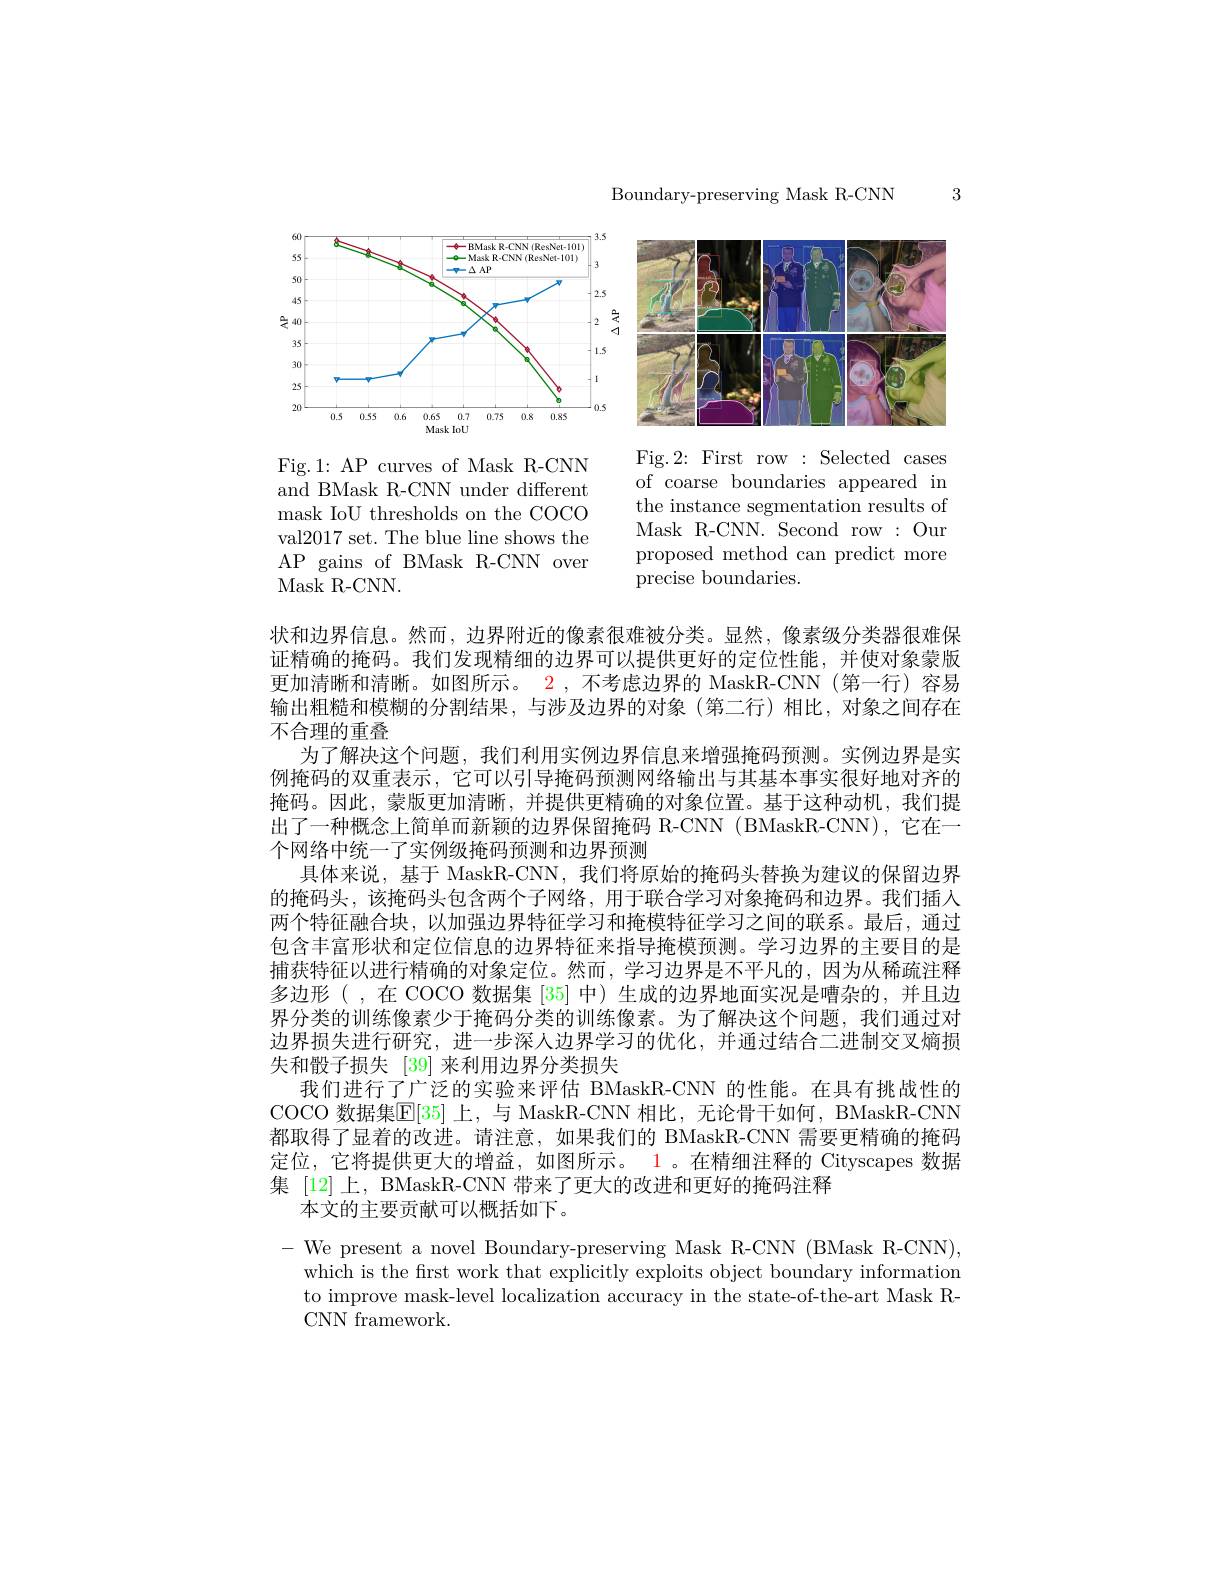
Boundary-preserving Mask R-CNN

3

<FigureHere>

<FigureHere>

Fig.2: First row : Selected cases of coarse boundaries appeared in the instance segmentation results of Mask R-CNN. Second row : Our proposed method can predict more precise boundaries.

Fig.1: AP curves of Mask R-CNN and BMask R-CNN under different mask IoU thresholds on the COCO val2017 set. The blue line shows the AP gains of BMask R-CNN over Mask R- CNN.

状和边界信息。然而，边界附近的像素很难被分类。显然，像素级分类器很难保证精确的掩码。我们发现精细的边界可以提供更好的定位性能，并使对象蒙版更加清晰和清晰。如图所示。2 ,不考虑边界的 MaskR-CNN (第一行)容易输出粗糙和模糊的分割结果，与涉及边界的对象(第二行)相比，对象之间存在不合理的重叠
为了解决这个问题，我们利用实例边界信息来增强掩码预测。实例边界是实例掩码的双重表示，它可以引导掩码预测网络输出与其基本事实很好地对齐的掩码。因此，蒙版更加清晰，并提供更精确的对象位置。基于这种动机，我们提出了一种概念上简单而新颖的边界保留掩码 R-CNN (BMaskR-CNN),它在一个网络中统一了实例级掩码预测和边界预测
具体来说，基于 MaskR-CNN, 我们将原始的掩码头替换为建议的保留边界的掩码头，该掩码头包含两个子网络，用于联合学习对象掩码和边界。我们插人两个特征融合块，以加强边界特征学习和掩模特征学习之间的联系。最后，通过包含丰富形状和定位信息的边界特征来指导掩模预测。学习边界的主要目的是捕获特征以进行精确的对象定位。然而，学习边界是不平凡的，因为从稀疏注释多边形(,在 COCO 数据集[35]中)生成的边界地面实况是嘈杂的，并且边界分类的训练像素少于掩码分类的训练像素。为了解决这个问题，我们通过对边界损失进行研究，进一步深人边界学习的优化，并通过结合二进制交叉熵损失和骰子损失 [39]来利用边界分类损失
我们进行了广泛的实验来评估 BMaskR-CNN 的性能。在具有挑战性的COCO 数据集$\mathbb{E}[35]$ 上，与 MaskR-CNN 相比，无论骨干如何，BMaskR-CNN 都取得了显着的改进。请注意，如果我们的 BMaskR-CNN 需要更精确的掩码定位，它将提供更大的增益，如图所示。1。在精细注释的 Cityscapes 数据集 [12] 上，BMaskR-CNN 带来了更大的改进和更好的掩码注释
本文的主要贡献可以概括如下。
-We present a novel Boundary-preserving Mask R-CNN (BMask R-CNN),
which is the frst work that explicitly exploits object boundary information to improve mask-level localization accuracy in the state-of-the-art Mask RCNN framework.